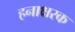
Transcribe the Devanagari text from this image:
हनाक्षरक